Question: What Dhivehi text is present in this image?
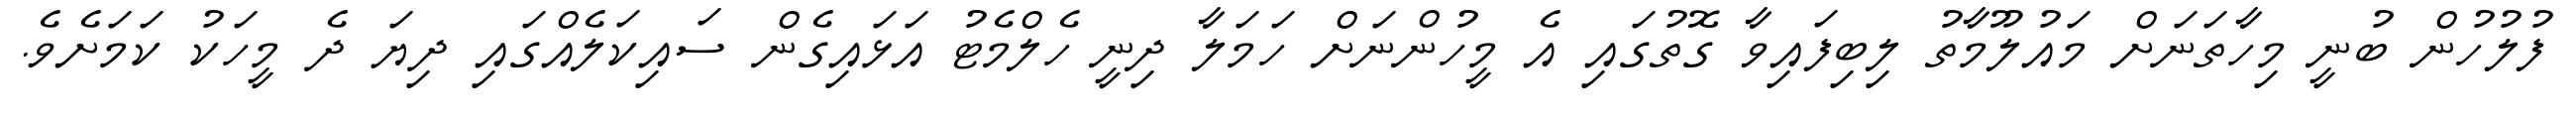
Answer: ފުލުހުން ބުނީ މިހާތަނަށް މައުލޫމާތު ލިބިފައިވާ ގޮތުގައި އެ މީހުންނަށް ހަމަލާ ދިނީ ހެލްމެޓު އަޅައިގެން ސައިކަލެއްގައި ދިޔަ ދެ މީހަކު ކަމަށެވެ.